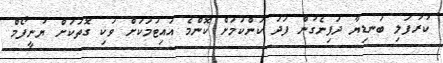
ކުރުފަލި ބަނޑިޔާ ދަފިނެގުން ފަދަ ކަންކަމަށް ކޮންމެ އައިޓަމަކަށް ވަކި ގޮތަކަށް ޔުނީފޯމް